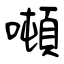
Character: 噸